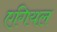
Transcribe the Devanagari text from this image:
एगियल